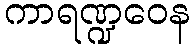
ကာရဏ္ဍဝေန